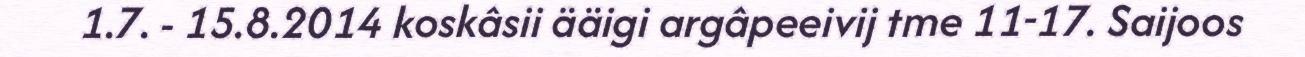
1.7. - 15.8.2014 koskâsii ääigi argâpeeivij tme 11-17. Saijoos